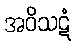
အဝိသဋံ